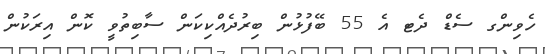
ހެވިންގ ސެޑް ދެޓ އެ 55 ބޭފުޅުން ބިރުދެއްކިކަން ސާބިތުވީ ކޮން އިރަކުން